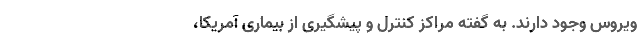
ویروس وجود دارند. به گفته مراکز کنترل و پیشگیری از بیماری آمریکا،